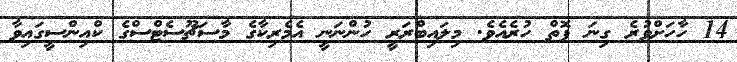
14 ހާހަށްވުރެ ގިނަ ފޮތް ހުރެއެވެ. މިލައިބްރަރީ ހުންނަނީ އެމެރިކާގެ މާސަޗޫސެޓްސްގެ ކްއިންސީގައިވާ